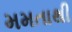
મમતાથી